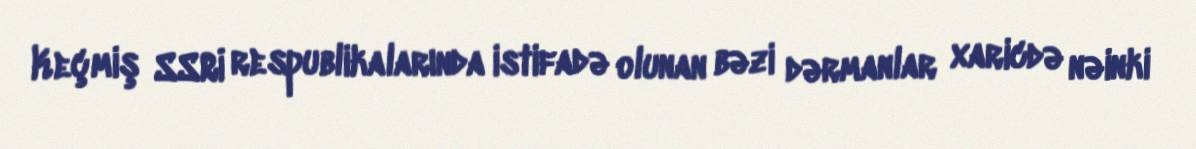
Keçmiş SSRİ respublikalarında istifadə olunan bəzi dərmanlar xaricdə nəinki